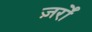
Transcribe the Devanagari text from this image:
ज़र्रों